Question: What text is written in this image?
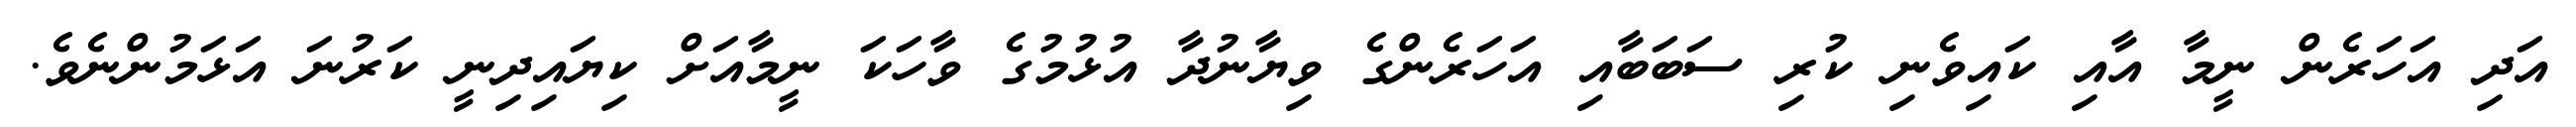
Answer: އަދި އަހަރެން ނީމާ އާއި ކައިވެނި ކުރި ސަބަބާއި އަހަރެންގެ ވިޔާނުދާ އުޅުމުގެ ވާހަކަ ނީމާއަށް ކިޔައިދިނީ ކަރުނަ އަޅަމުންނެވެ.